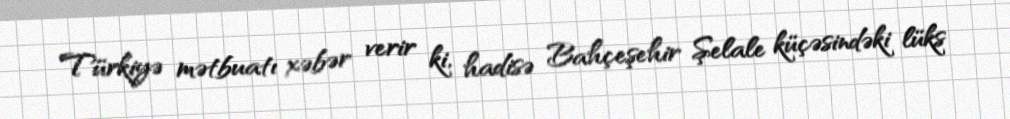
Türkiyə mətbuatı xəbər verir ki, hadisə Bahçeşehir Şelale küçəsindəki lüks